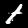
Label: 1